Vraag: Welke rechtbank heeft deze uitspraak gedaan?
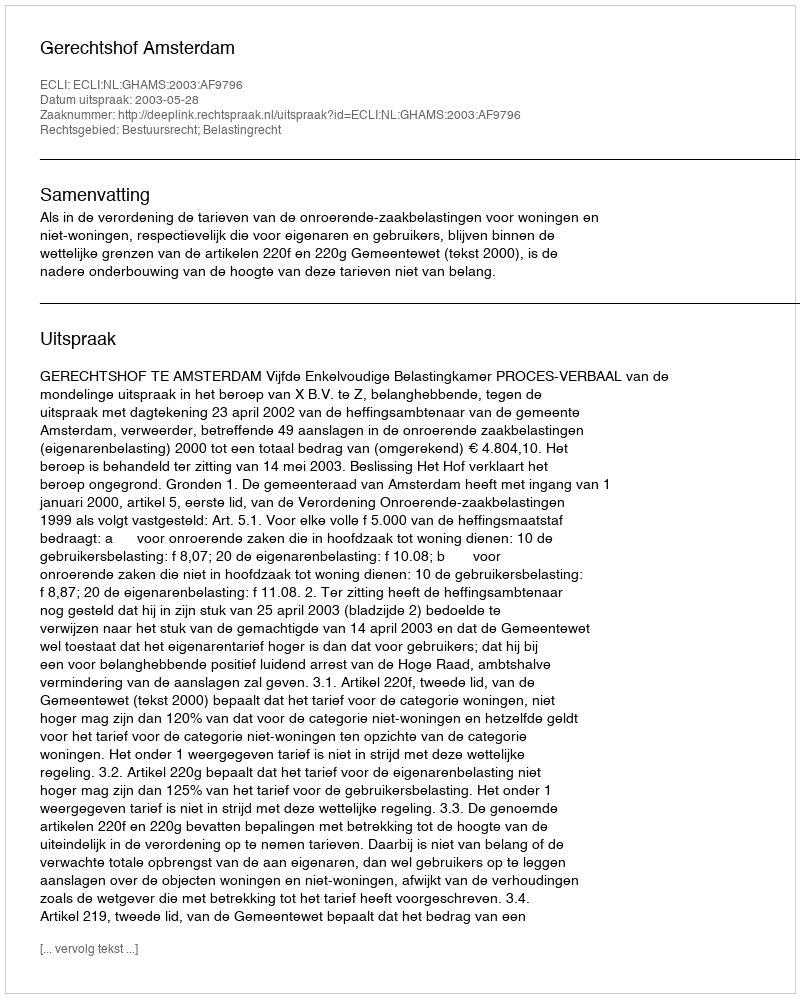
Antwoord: Gerechtshof Amsterdam